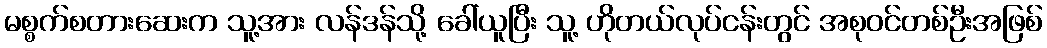
မစ္စက်စတားဆေးက သူ့အား လန်ဒန်သို့ ခေါ်ယူပြီး သူ့ ဟိုတယ်လုပ်ငန်းတွင် အစုဝင်တစ်ဦးအဖြစ်